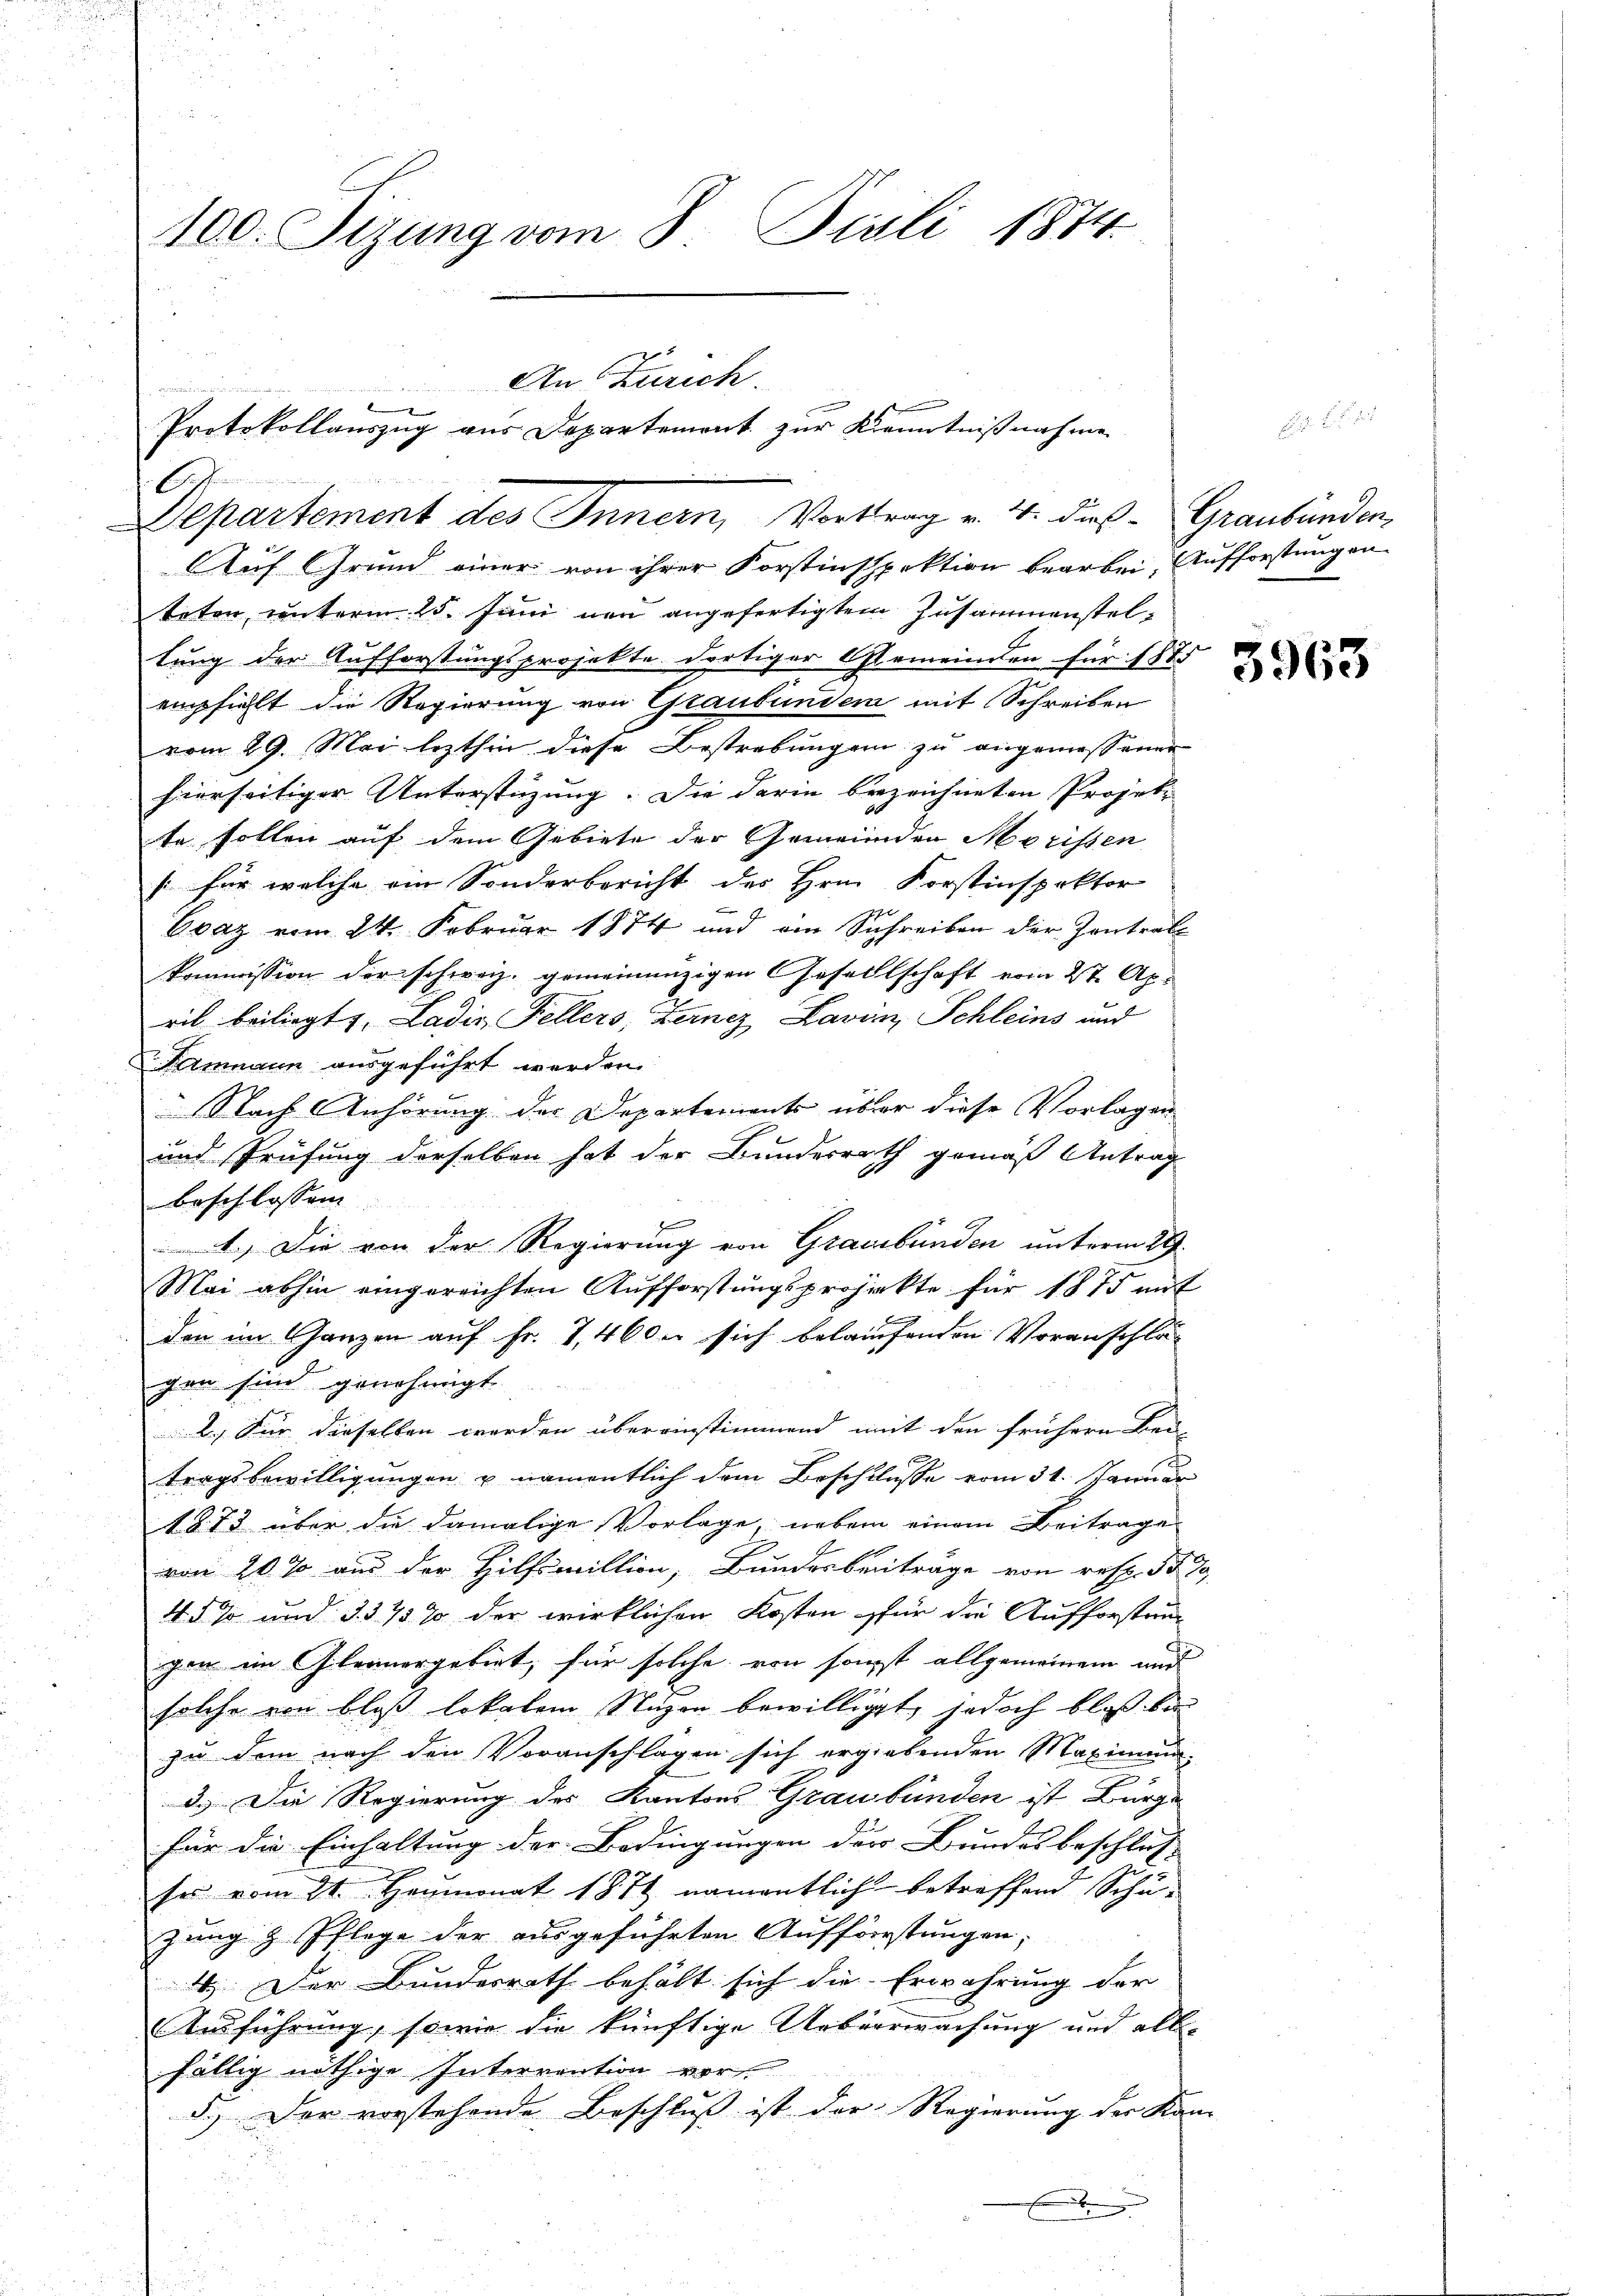
100. Sizung vom 8. Juli 1874.
An Zürich.

.
Auf Grund einer von ihrer Forstinspektion bearbei. Aufforstung an
teten unterm 25. Juni neu angefertigtem Zusammensteltung der Aufforstungsprojekte dortiger Gemeinden für 187
empfiehlt die Regierung von Graubünden mit Schreiben
vom 29. Mai lezthin diese Bestrebungen zu angemessener
hierseitiger Unterstüzung. Die darin bezeichneten Prosette sollen auf dem Gebiete der Gemeinden Morissen
(: für welche ein Sonderbericht des Hrn. Forstinspektor
|
Evaz vom 24. Februar 1874 und ein Schreiben der Zentral-
kommission der schweiz. gemeinenzigen Gesellschaft vom 27. Apr
ril beiliegt, Ladis Fellers, Lernez Lavin, Schleins und
Tammann ausgeführt worden.
 Nach Anhörung der Departements über diese Vorlagen
und Prüfung derselben hat der Bundesrath gemäß Antrag
beschlossen.
1.) Die von der Regierung von Graubünden unterm 29.
Mai abhin eingereichten Aufforstŭngsprojekte für 1875 mit
den im Ganzen auf Fr. 7, 460 u sich belaufenden Voranschlä-
gen sind genehmigt. |
2.) Für dieselben werden übereinstimmend mit den frühere Bei-
tragsbewilligungen u namentlich dem Beschlusse vom 31. Januar
1873 über die damalige Vorlage, neben einem Beitrage
von 20 % aus der Hilfsmillion, Bundesbeiträge von resp. 3 § 79,
4 § 70 und §. 375 % der wirklichen Kosten für die Aufforstringen im Gleinergebiet, für solche von sonst allgemeinem und
solche von bloß lokalen Stägen bewilliget, jedoch bloß bei
zu den nach den Voranschlagen sich ergiebenden Maximum
3.) Die Regierung des Kantons Graubünden ist Bürge
für die Einhaltung der Bedingungen der Bundesbeschluß
ses vom 21. Heumonat 1878 namentlich betreffend Schuzung & Pflege der ausgeführten Aufforstungen,
4. Der Bundesrath behält sich die Erwährung der
Ausführung, sowie die künftige Ueberwachung und allfällig nöthige Interrention vor.
d.) Der vorstehende Beschluß ist der Regierung der Kam
.

Departement des Innern, Vortrag v. 4. dies - Graubünden,

Protokollauszug aus Departement zur Kenntnißnahme

5963